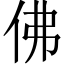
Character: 佛